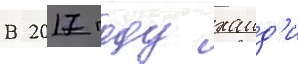
В 2017 году хаид'и